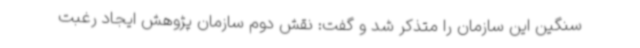
سنگین این سازمان را متذکر شد و گفت: نقش دوم سازمان پژوهش ایجاد رغبت